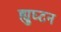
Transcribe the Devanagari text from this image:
ह्युघ्टन